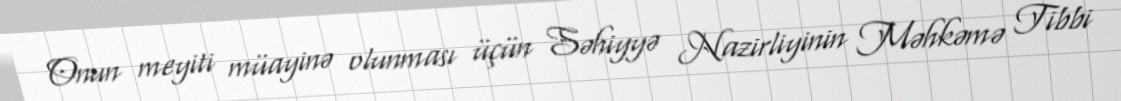
Onun meyiti müayinə olunması üçün Səhiyyə Nazirliyinin Məhkəmə Tibbi